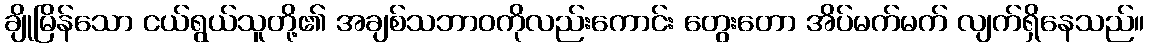
ချိုမြိန်သော ငယ်ရွယ်သူတို့၏ အချစ်သဘာဝကိုလည်းကောင်း တွေးတော အိပ်မက်မက် လျက်ရှိနေသည်။